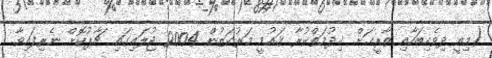
(މިއީ ދިވެހިބަހާއި ތާރީޚަށް ޚިދުމަތްކުރާ ޤައުމީ މަރުކަޒުން 2004 ޖުލައިގައި ޗާޕުކޮށް ނެރިފައިވާ